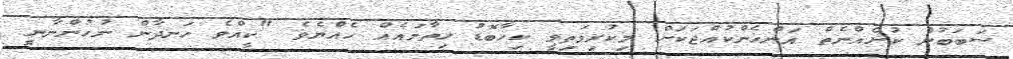
ސަބަބުން ކުށެއްނެތް އަންހެންކުއްޖަކަށް މިކުރިމަތިވީ ކިހާބޮޑު ހިތާމައެއް ހެއްޔެވެ "ކީއްވެ ހަނދާން ނުހުންނާނީ